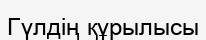
Гүлдің құрылысы